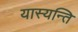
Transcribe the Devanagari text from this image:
यास्यन्ति